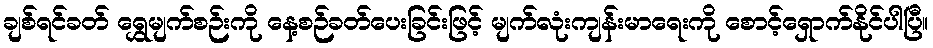
ချစ်ရင်ခတ် ရွှေမျက်စဉ်းကို နေ့စဉ်ခတ်ပေးခြင်းဖြင့် မျက်လုံးကျန်းမာရေးကို စောင့်ရှောက်နိုင်ပါပြီ။